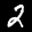
Label: 2